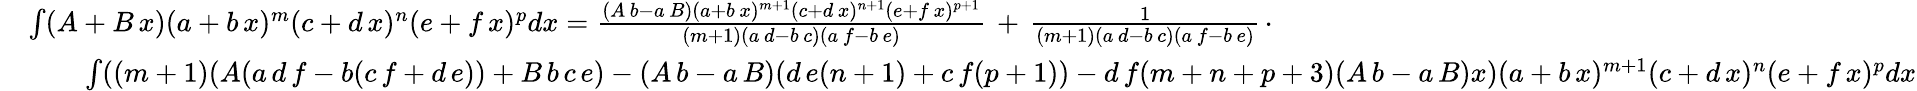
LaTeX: {\begin{array}{rl}&{\int(A+B\, x)(a+b\, x)^{m}(c+d\, x)^{n}(e+f\, x)^{p}dx={\frac{(A\, b-a\, B)(a+b\, x)^{m+1}(c+d\, x)^{n+1}(e+f\, x)^{p+1}}{(m+1)(a\, d-b\, c)(a\, f-b\, e)}}\, +\, {\frac{1}{(m+1)(a\, d-b\, c)(a\, f-b\, e)}}\, \cdot}\\ &{\qquad\int((m+1)(A(a\, d\, f-b(c\, f+d\, e))+B\, b\, c\, e)-(A\, b-a\, B)(d\, e(n+1)+c\, f(p+1))-d\, f(m+n+p+3)(A\, b-a\, B)x)(a+b\, x)^{m+1}(c+d\, x)^{n}(e+f\, x)^{p}dx}\end{array}}